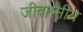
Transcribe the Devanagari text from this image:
जीवाष्मीय